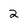
Character: 2